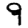
Digit: 9